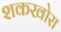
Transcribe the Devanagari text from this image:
शकखोरा